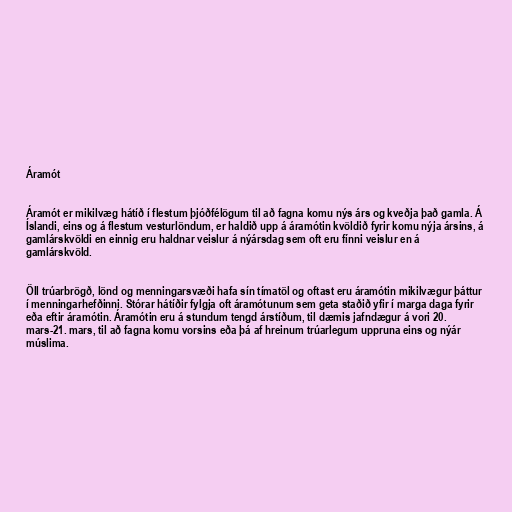
Áramót

Áramót er mikilvæg hátíð í flestum þjóðfélögum til að fagna komu nýs árs og kveðja það gamla. Á
Íslandi, eins og á flestum vesturlöndum, er haldið upp á áramótin kvöldið fyrir komu nýja ársins, á
gamlárskvöldi en einnig eru haldnar veislur á nýársdag sem oft eru fínni veislur en á
gamlárskvöld.

Öll trúarbrögð, lönd og menningarsvæði hafa sín tímatöl og oftast eru áramótin mikilvægur þáttur
í menningarhefðinni. Stórar hátíðir fylgja oft áramótunum sem geta staðið yfir í marga daga fyrir
eða eftir áramótin. Áramótin eru á stundum tengd árstíðum, til dæmis jafndægur á vori 20.
mars-21. mars, til að fagna komu vorsins eða þá af hreinum trúarlegum uppruna eins og nýár
múslima.